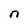
Character: n